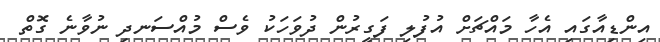
އިންޑިއާގައި އެހާ މައްޗަށް އުފުލި ފަގީރުން ދުވަހަކު ވެސް މުއްސަނދި ނުވާނެ ގޮތް